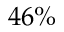
4 6 \%